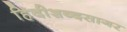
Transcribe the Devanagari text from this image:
हिंदीशब्दसागर